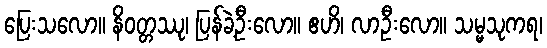
ပြေးသလော။ နိဝတ္တဿု၊ ပြန်ခဲ့ဦးလော။ ဧဟိ၊ လာဦးလော။ သမ္မသုကရ၊